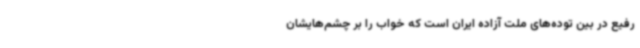
رفیع در بین توده‌های ملت آزاده ایران است که خواب را بر چشم‌هایشان